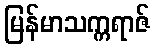
မြန်မာသက္ကရာဇ်